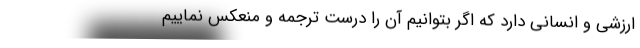
ارزشی و انسانی دارد که اگر بتوانیم آن را درست ترجمه و منعکس نماییم